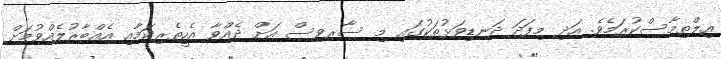
އިލްތިމާސްކުރަމެވެ. އަދި މިފަދަ ދަނޑިވަޅުތަކުގައި މި ސާރވިސް އަށް ދެއްވާ އެހީތެރިކަމާއި އެއްބާރުލެއްވުމަށް